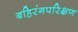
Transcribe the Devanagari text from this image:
बहिरंगपरिक्षण